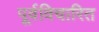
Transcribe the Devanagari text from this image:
पूर्वविचारित